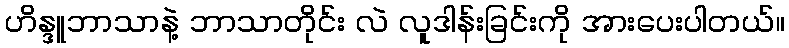
ဟိန္ဒူဘာသာနဲ့ ဘာသာတိုင်း လဲ လူဒါန်းခြင်းကို အားပေးပါတယ်။